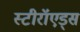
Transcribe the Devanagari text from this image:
स्टीरॉएड्स